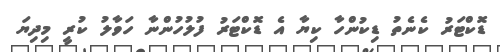
ޑޮކްޓަރު ކެނެތު ޑިކުންހާ ކިޔާ އެ ޑޮކްޓަރު ފުލުހުންނާ ހަވާލު ކުރީ މިދިޔަ